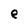
Character: e